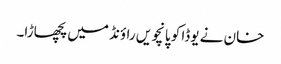
خان نے یوڈا کو پانچویں راؤنڈ میں پچھاڑا۔